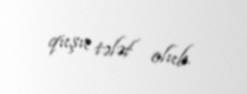
quşu tələf olub.